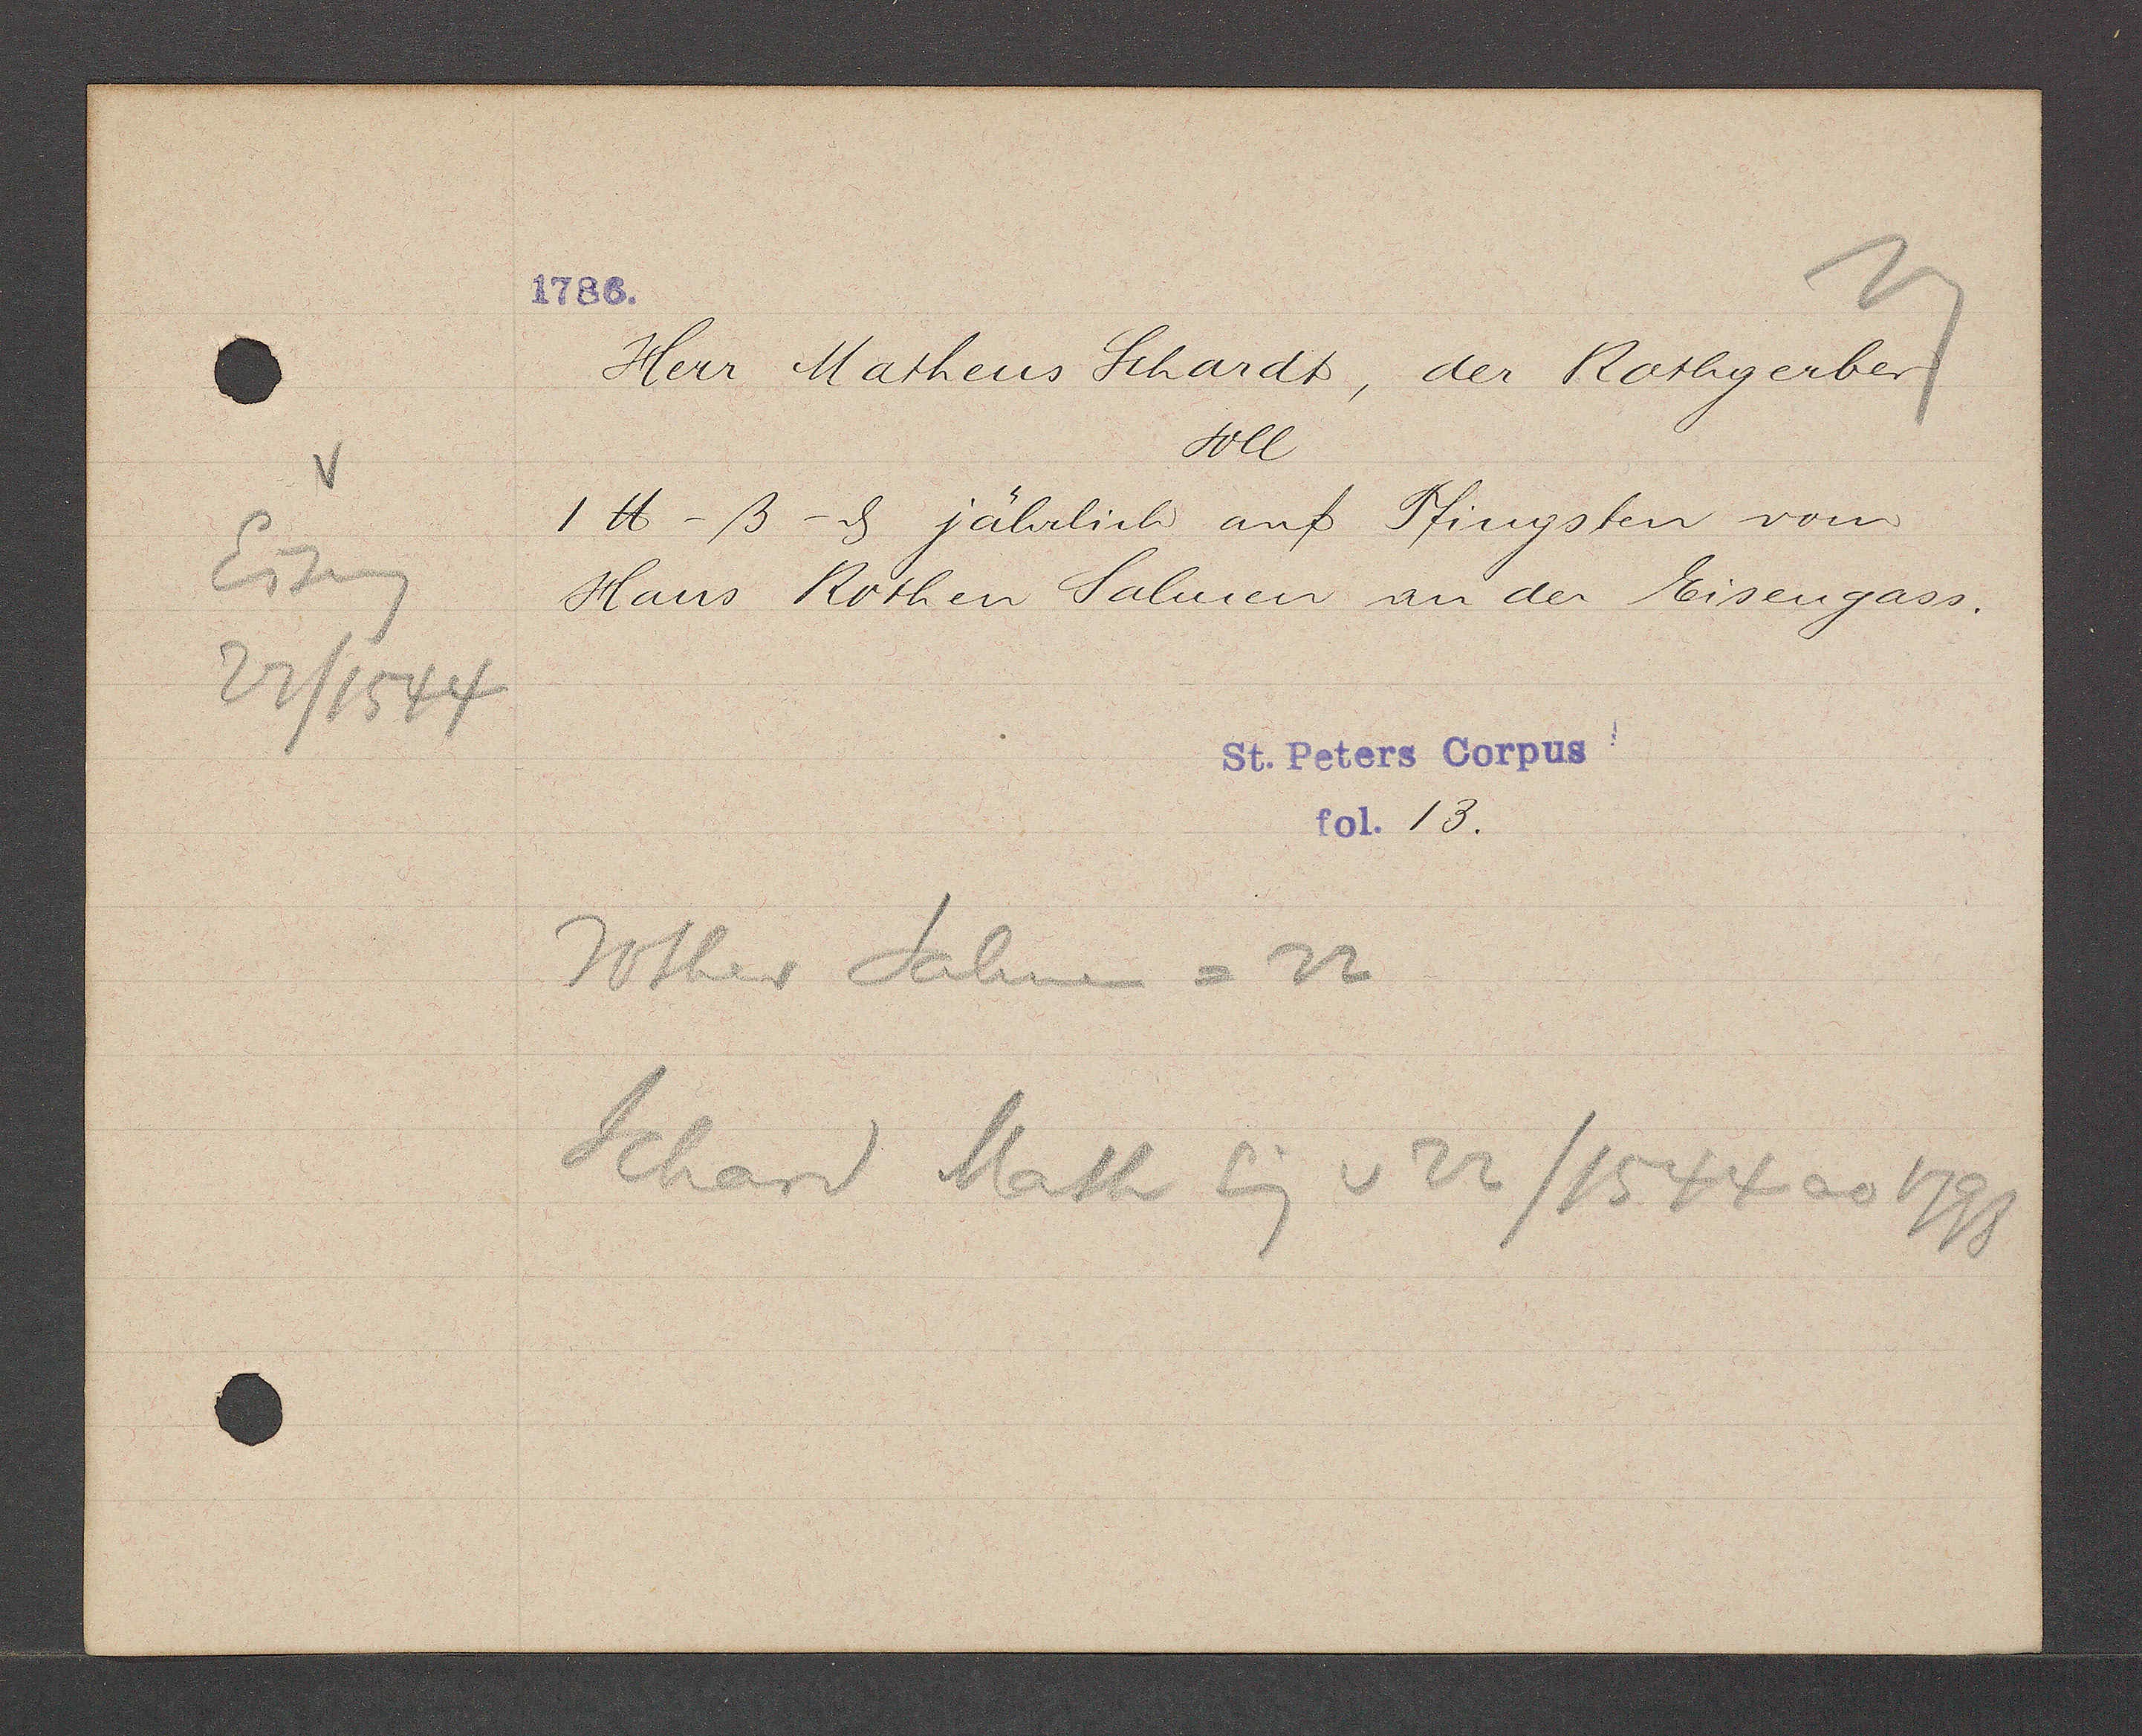
Transcript:
Eiseng
22/1544

Herr Matheus Schardt, der Rothgerber.
Soll
1 ℔ -ß- d jährlich auf Pfingsten vom
Haus Rothen Salmen an der Eisengass.
13.
Rother Salmen = 22
Schard Math Eg v 22/1544 ao 1798